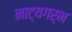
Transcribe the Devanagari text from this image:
नाट्यगर्भ